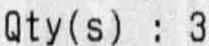
QTY(S) : 3